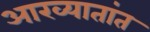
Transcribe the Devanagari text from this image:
आख्यातांत